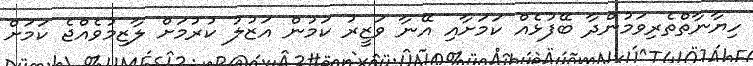
ހިޔާނާތްތެރިވަމުންދާ ބޭފުޅެއް ކަމަށާއި އޭނާ ވަޒީރު ކަމުން އަޒުލު ކުރުމަށް ލާޒިމުވެއްޖެ ކަމަށް